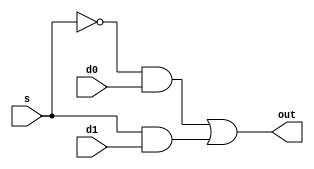
module mux2x1(d0,d1,s,out);
    input d0,d1,s;
    output out;
    wire sbar,t0,t1;
    
    not(sbar,s);
    and(t0,sbar,d0);
    and(t1,s,d1);
    or(out,t0,t1);
endmodule